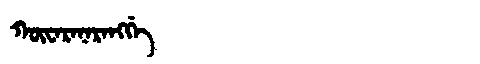
Manchu: ᡴᡡᠸᠠᡵᠠᠨᠠᡵᠠᠩᡤᡝ
Romanization: KŪWARANARANGGE